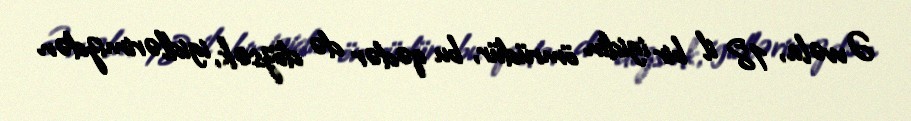
Əvvəla, 18 il bir igidin ömrüdür, bu qədər də dözsək, igidlərimizdən